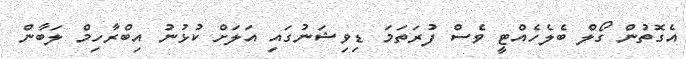
އެގޮތުން ގޯލް ބެލެހެއްޓީ ވެސް ފުރަތަމަ ޑިވިޝަނުގައި އަލަށް ކުޅުނު އިބްރާހިމް ލަބާން